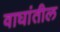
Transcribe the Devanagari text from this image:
वाघांतील